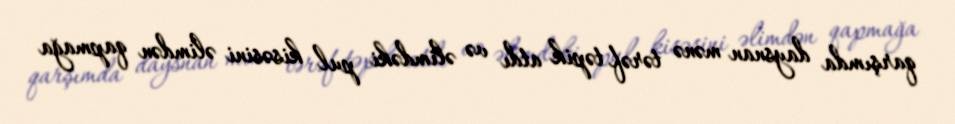
qarşımda daysnan mənə tərəf təpik atdı və əlimdəki pul kisəsini əlimdən qapmağa